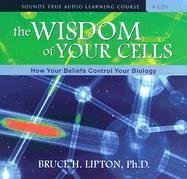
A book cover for The Wisdom of Your Cells: How Your Beliefs Control Your Biology; Bruce H. Lipton; Medical Books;